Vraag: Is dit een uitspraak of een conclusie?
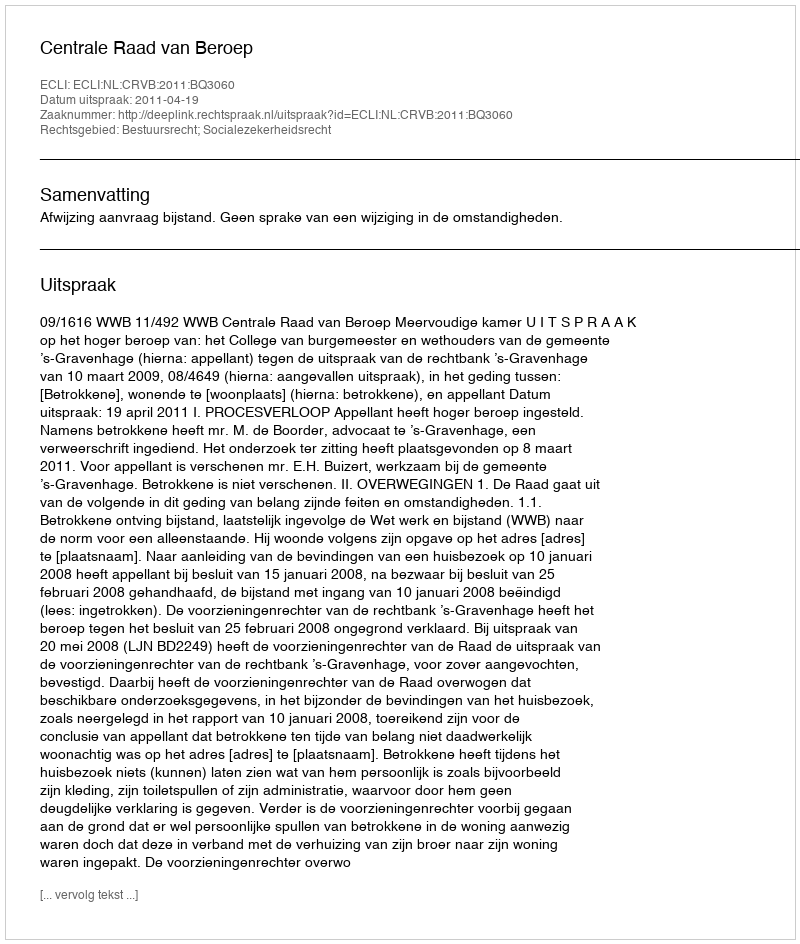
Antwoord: Uitspraak